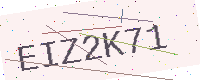
Text: EIZ2K71